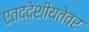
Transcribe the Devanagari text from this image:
एतद्देशीयतेवर